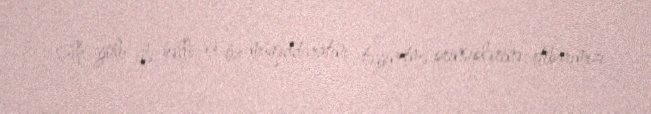
sülh yolu ilə həlli və öz müqəddəratını təyinetmə prinsiplərinə etibarımızı